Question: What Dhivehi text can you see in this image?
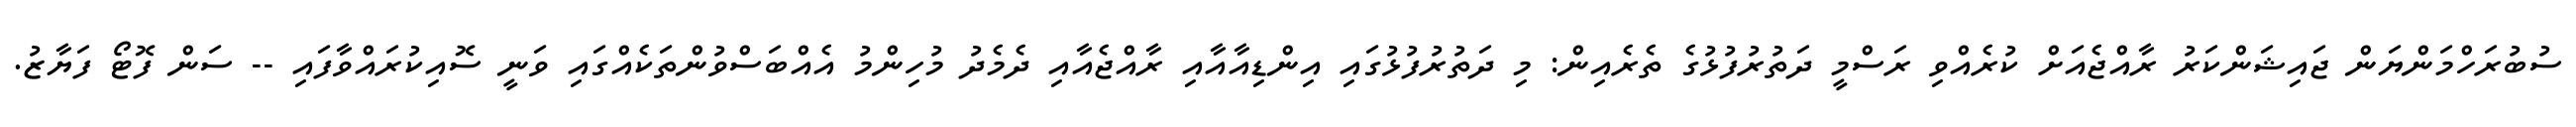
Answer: ސުބުރަހްމަންޔަން ޖައިޝަންކަރު ރާއްޖެއަށް ކުރެއްވި ރަސްމީ ދަތުރުފުޅުގެ ތެރެއިން: މި ދަތުރުފުޅުގައި އިންޑިއާއާއި ރާއްޖެއާއި ދެމެދު މުހިންމު އެއްބަސްވުންތަކެއްގައި ވަނީ ސޮއިކުރައްވާފައި -- ސަން ފޮޓޯ ފަޔާޒު.